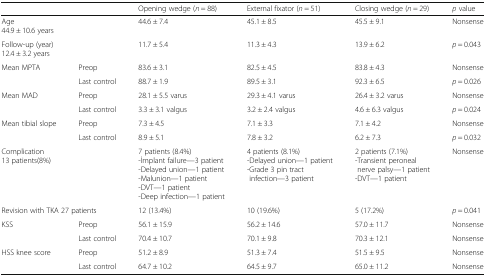
<table><thead><tr><td colspan="2"></td><td><b>Opening wedge (<i>n</i> = 88)</b></td><td><b>External fixator (<i>n</i> = 51)</b></td><td><b>Closing wedge (<i>n</i> = 29)</b></td><td><b><i>p</i> value</b></td></tr></thead><tbody><tr><td colspan="2">Age44.9 ± 10.6 years</td><td>44.6 ± 7.4</td><td>45.1 ± 8.5</td><td>45.5 ± 9.1</td><td>Nonsense</td></tr><tr><td colspan="2">Follow-up (year)12.4 ± 3.2 years</td><td>11.7 ± 5.4</td><td>11.3 ± 4.3</td><td>13.9 ± 6.2</td><td><i>p</i> = 0.043</td></tr><tr><td rowspan="2">Mean MPTA</td><td>Preop</td><td>83.6 ± 3.1</td><td>82.5 ± 4.5</td><td>83.8 ± 4.3</td><td>Nonsense</td></tr><tr><td>Last control</td><td>88.7 ± 1.9</td><td>89.5 ± 3.1</td><td>92.3 ± 6.5</td><td><i>p</i> = 0.026</td></tr><tr><td rowspan="2">Mean MAD</td><td>Preop</td><td>28.1 ± 5.5 varus</td><td>29.3 ± 4.1 varus</td><td>26.4 ± 3.2 varus</td><td>Nonsense</td></tr><tr><td>Last control</td><td>3.3 ± 3.1 valgus</td><td>3.2 ± 2.4 valgus</td><td>4.6 ± 6.3 valgus</td><td><i>p</i> = 0.024</td></tr><tr><td rowspan="2">Mean tibial slope</td><td>Preop</td><td>7.3 ± 4.5</td><td>7.1 ± 3.3</td><td>7.1 ± 4.2</td><td>Nonsense</td></tr><tr><td>Last control</td><td>8.9 ± 5.1</td><td>7.8 ± 3.2</td><td>6.2 ± 7.3</td><td><i>p</i> = 0.032</td></tr><tr><td>Complication13 patients(8%)</td><td></td><td>7 patients (8.4%)-İmplant failure—3 patient-Delayed union—1 patient-Malunion—1 patient-DVT—1 patient-Deep infection—1 patient</td><td>4 patients (8.1%)-Delayed union—1 patient-Grade 3 pin tract infection—3 patient</td><td>2 patients (7.1%)-Transient peroneal nerve palsy—1 patient-DVT—1 patient</td><td>Nonsense</td></tr><tr><td colspan="2">Revision with TKA 27 patients</td><td>12 (13.4%)</td><td>10 (19.6%)</td><td>5 (17.2%)</td><td><i>p</i> = 0.041</td></tr><tr><td rowspan="2">KSS</td><td>Preop</td><td>56.1 ± 15.9</td><td>56.2 ± 14.6</td><td>57.0 ± 11.7</td><td>Nonsense</td></tr><tr><td>Last control</td><td>70.4 ± 10.7</td><td>70.1 ± 9.8</td><td>70.3 ± 12.1</td><td>Nonsense</td></tr><tr><td rowspan="2">HSS knee score</td><td>Preop</td><td>51.2 ± 8.9</td><td>51.3 ± 7.4</td><td>51.5 ± 9.5</td><td>Nonsense</td></tr><tr><td>Last control</td><td>64.7 ± 10.2</td><td>64.5 ± 9.7</td><td>65.0 ± 11.2</td><td>Nonsense</td></tr></tbody></table>